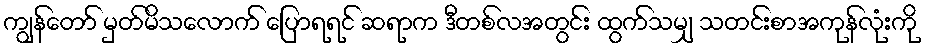
ကျွန်တော် မှတ်မိသလောက် ပြောရရင် ဆရာက ဒီတစ်လအတွင်း ထွက်သမျှ သတင်းစာအကုန်လုံးကို